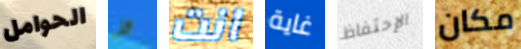
الحوامل قل انت غاية الإحتفاظ مكان